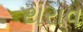
થરાવ